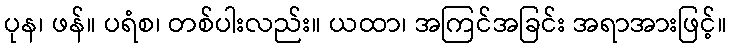
ပုန၊ ဖန်။ ပရံစ၊ တစ်ပါးလည်း။ ယထာ၊ အကြင်အခြင်း အရာအားဖြင့်။